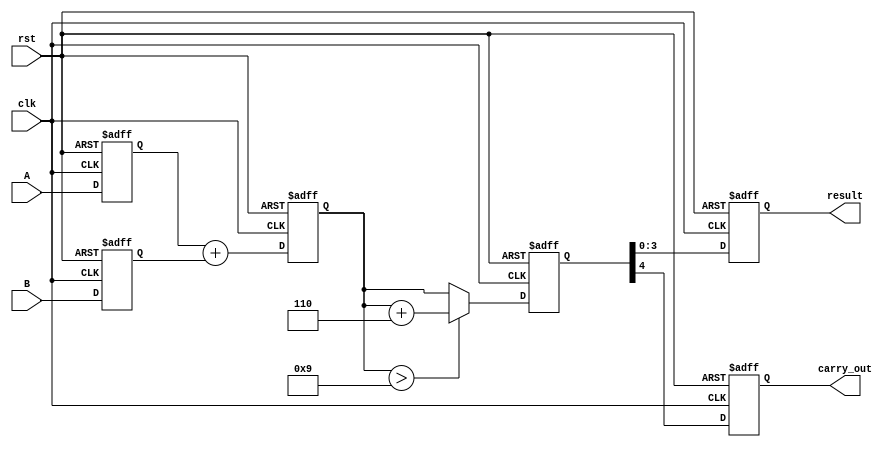
module BCD_Pipelined_Adder (
    input clk,
    input rst,
    input [3:0] A,
    input [3:0] B,
    output reg [3:0] result,
    output reg carry_out
);

// Pipeline registers
reg [3:0] A_reg, B_reg;
reg [4:0] sum_reg; // 5 bits to hold the sum (including carry)
reg [4:0] corrected_sum_reg;

// Input Stage
always @(posedge clk or posedge rst) begin
    if (rst) begin
        A_reg <= 4'b0000;
        B_reg <= 4'b0000;
    end else begin
        A_reg <= A;
        B_reg <= B;
    end
end

// Addition Stage
always @(posedge clk or posedge rst) begin
    if (rst) begin
        sum_reg <= 5'b00000;
    end else begin
        sum_reg <= A_reg + B_reg; // Calculate sum
    end
end

// Correction Stage
always @(posedge clk or posedge rst) begin
    if (rst) begin
        corrected_sum_reg <= 5'b00000;
    end else begin
        // Check for BCD correction
        if (sum_reg > 5'd9) begin
            corrected_sum_reg <= sum_reg + 5'd6; // Add 6 for correction
        end else begin
            corrected_sum_reg <= sum_reg; // No correction needed
        end
    end
end

// Output Stage
always @(posedge clk or posedge rst) begin
    if (rst) begin
        result <= 4'b0000;
        carry_out <= 1'b0;
    end else begin
        result <= corrected_sum_reg[3:0]; // Output lower 4 bits
        carry_out <= corrected_sum_reg[4]; // Output carry (5th bit)
    end
end

endmodule